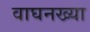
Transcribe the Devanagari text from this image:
वाघनख्या